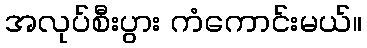
အလုပ်စီးပွား ကံကောင်းမယ်။